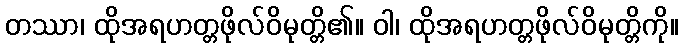
တဿာ၊ ထိုအရဟတ္တဖိုလ်ဝိမုတ္တိ၏။ ဝါ၊ ထိုအရဟတ္တဖိုလ်ဝိမုတ္တိကို။